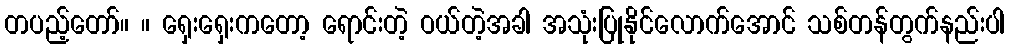
တပည့်တော်။ ။ ရှေးရှေးကတော့ ရောင်းတဲ့ ဝယ်တဲ့အခါ အသုံးပြုနိုင်လောက်အောင် သစ်တန်တွက်နည်းပါ